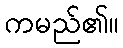
ကမည်၏။